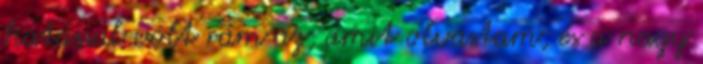
hatással volt rám az, amit olvastam, és a nagy